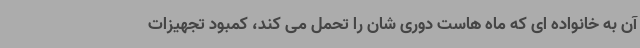
آن به خانواده ای که ماه هاست دوری شان را تحمل می کند، کمبود تجهیزات